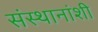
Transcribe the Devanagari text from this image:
संस्थानांशी